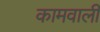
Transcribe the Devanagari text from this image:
कामवाली